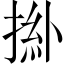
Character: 𢯜